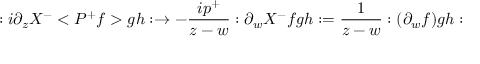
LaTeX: : i \partial _ { z } X ^ { - } < P ^ { + } f > g h : \rightarrow - \frac { i p ^ { + } } { z - w } : \partial _ { w } X ^ { - } f g h : = \frac 1 { z - w } : ( \partial _ { w } f ) g h :